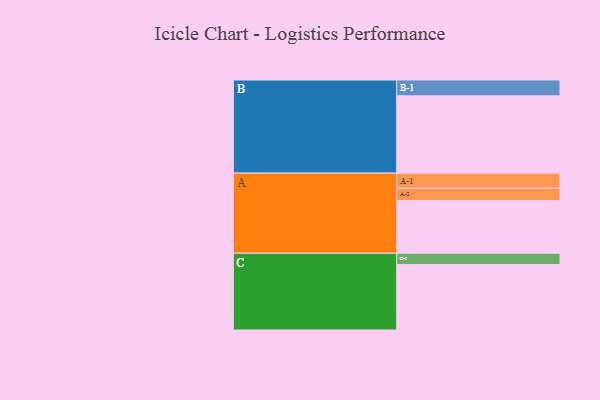
{"axis": {"x": "Segment", "y": "Value"}, "legend": ["", "A", "B", "C"], "data": [{"x": "A", "y": 398, "type": ""}, {"x": "B", "y": 585, "type": ""}, {"x": "C", "y": 496, "type": ""}, {"x": "A-1", "y": 114, "type": "A"}, {"x": "A-2", "y": 94, "type": "A"}, {"x": "B-1", "y": 120, "type": "B"}, {"x": "C-1", "y": 85, "type": "C"}]}